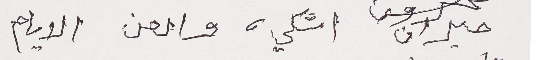
حيران اشكي والعن الايام